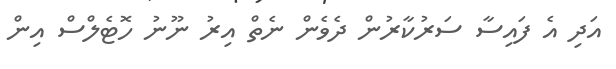
އަދި އެ ފައިސާ ސަރުކާރުން ދެވެން ނެތް އިރު ނޫނު ހޮޓެލްސް އިން